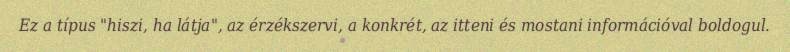
Ez a típus "hiszi, ha látja", az érzékszervi, a konkrét, az itteni és mostani információval boldogul.